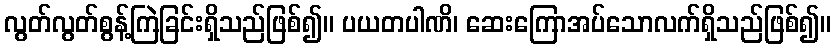
လွတ်လွတ်စွန့်ကြဲခြင်းရှိသည်ဖြစ်၍။ ပယတပါဏိ၊ ဆေးကြောအပ်သောလက်ရှိသည်ဖြစ်၍။